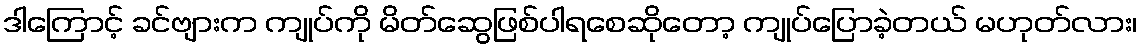
ဒါကြောင့် ခင်ဗျားက ကျုပ်ကို မိတ်ဆွေဖြစ်ပါရစေဆိုတော့ ကျုပ်ပြောခဲ့တယ် မဟုတ်လား၊